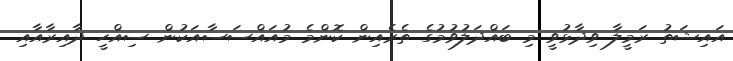
އައިޝަތު ރަމީލާ ވިދާޅުވީ މި ބައްދަލުވުމުގެ ތެރެއިން ކޮންމެ މުއައްސަސާއަކުން ސިއްހީ ދާއިރާއާއި